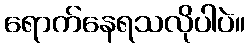
ရောက်နေရသလိုပါပဲ။